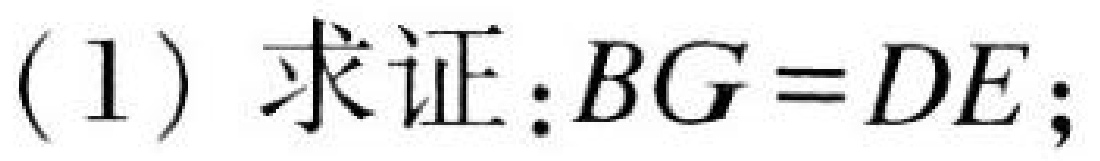
(1) 求证:\(BG = DE\);